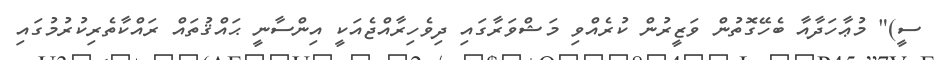
ސީ)" މުޢާހަދާއާ ބެހޭގޮތުން ވަޒީރުން ކުރެއްވި މަޝްވަރާގައި ދިވެހިރާއްޖެއަކީ އިންސާނީ ޙައްޤުތައް ރައްކާތެރިކުރުމުގައި